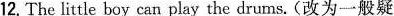
12. The little boy can play the drums. ( 改为一般疑